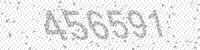
Solution: 456591